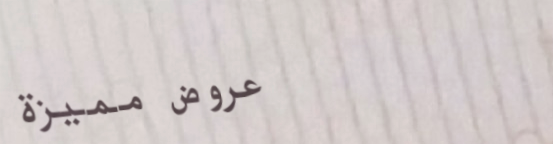
عروض مميزة